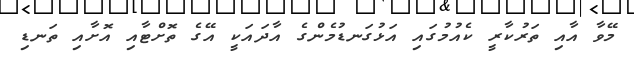
މޭވާ އާއި ތަރުކާރީ ކެއުމުގައި އަޅުގަނޑުމެންގެ އާދައަކީ އޭގެ ތޮށްޓާއި އޮށާއި ތަނޑި